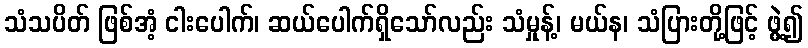
သံသပိတ် ဖြစ်အံ့ ငါးပေါက်၊ ဆယ်ပေါက်ရှိသော်လည်း သံမှုန့်၊ မယ်န၊ သံပြားတို့ဖြင့် ဖွဲ့၍